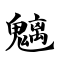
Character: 魑